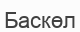
Баскөл